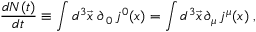
\frac { d N ( t ) } { d t } \equiv \int d ^ { 3 } \vec { x } \; \partial _ { \, 0 } \, j ^ { 0 } ( x ) = \int d ^ { 3 } \vec { x } \, \partial _ { \mu } \, j ^ { \mu } ( x ) \; ,